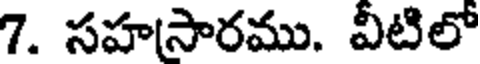
7. సహసారము. వీటిలో